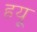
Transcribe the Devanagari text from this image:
ह्रयू